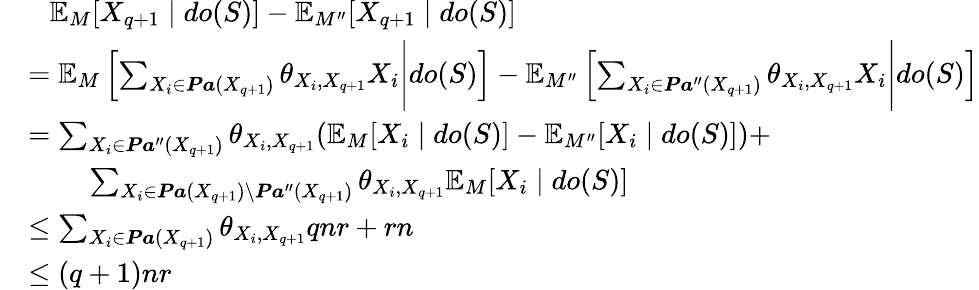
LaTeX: \begin{array}{rl}&{\ \ \ \mathbb{E}_{M}[X_{q+1}\mid do(S)]-\mathbb{E}_{M^{\prime\prime}}[X_{q+1}\mid do(S)]}\\ &{=\mathbb{E}_{M}\left[\sum_{X_{i}\in\boldsymbol{\mathit Pa}(X_{q+1})}\theta_{X_{i},X_{q+1}}X_{i}\Bigg|do(S)\right]-\mathbb{E}_{M^{\prime\prime}}\left[\sum_{X_{i}\in\boldsymbol{\mathit Pa}^{\prime\prime}(X_{q+1})}\theta_{X_{i},X_{q+1}}X_{i}\Bigg|do(S)\right]}\\ &{=\sum_{X_{i}\in\boldsymbol{\mathit Pa}^{\prime\prime}(X_{q+1})}\theta_{X_{i},X_{q+1}}(\mathbb{E}_{M}[X_{i}\mid do(S)]-\mathbb{E}_{M^{\prime\prime}}[X_{i}\mid do(S)])+}\\ &{\ \ \ \ \ \ \ \ \sum_{X_{i}\in\boldsymbol{\mathit Pa}(X_{q+1})\setminus\boldsymbol{\mathit Pa}^{\prime\prime}(X_{q+1})}\theta_{X_{i},X_{q+1}}\mathbb{E}_{M}[X_{i}\mid do(S)]}\\ &{\le\sum_{X_{i}\in\boldsymbol{\mathit Pa}(X_{q+1})}\theta_{X_{i},X_{q+1}}qnr+rn}\\ &{\le(q+1)nr}\end{array}